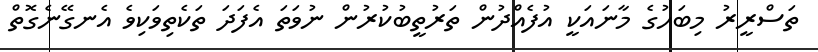
ތަސްރީރު މިބަހުގެ މާނައަކީ އުފެއްދުން ތަރުތީބުކުރުން ނުވަތަ އެފަދަ ތަކެތިވަކިވެ އެނގޭނެގޮތް